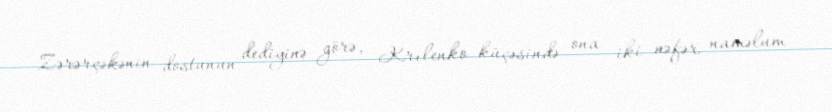
Zərərçəkənin dostunun dediyinə görə, Krılenko küçəsində ona iki nəfər naməlum